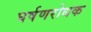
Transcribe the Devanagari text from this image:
घर्षणरोधक